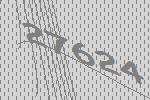
27624